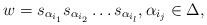
LaTeX: \begin{align*}w=s_{\alpha_{i_1}}s_{\alpha_{i_2}}\ldots s_{\alpha_{i_l}},\alpha_{i_j}\in \Delta,\end{align*}